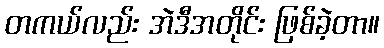
တကယ်လည်း အဲဒီအတိုင်း ဖြစ်ခဲ့တာ။